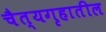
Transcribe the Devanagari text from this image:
चैत्यगृहातील